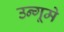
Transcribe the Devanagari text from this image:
उन्गूमे